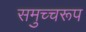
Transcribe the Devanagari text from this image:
समुच्चरूप